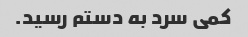
کمی سرد به دستم رسید.